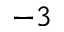
^ { - 3 }